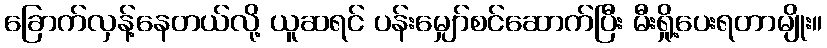
ခြောက်လှန့်နေတယ်လို့ ယူဆရင် ပန်းမျှော်စင်ဆောက်ပြီး မီးရှို့ပေးရတာမျိုး။